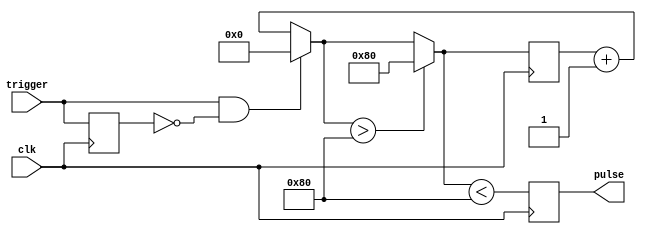
module pulse_gen(pulse, clk, trigger);

parameter PULSE_WIDTH = 128;
output pulse;
input clk;
input trigger;

reg pulse_state = 0;
reg last_trigger = 0;
reg [31:0] pulse_counter = 0;

assign pulse = pulse_state;

always @(posedge clk) begin
    pulse_counter = pulse_counter + 1;
    
    // set pulse high and reset counter
    if(trigger && !last_trigger) begin
        pulse_counter = 0;
    end

    // constrain pulse_counter
    if(pulse_counter > PULSE_WIDTH) begin
        pulse_counter = PULSE_WIDTH;
    end 

    // set pulse_state to 0 if less than pulse width
    pulse_state = (pulse_counter < PULSE_WIDTH);

    last_trigger = trigger;
end

endmodule